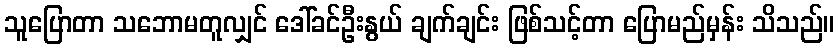
သူပြောတာ သဘောမတူလျှင် ဒေါ်ခင်ဦးနွယ် ချက်ချင်း ဖြစ်သင့်တာ ပြောမည်မှန်း သိသည်။